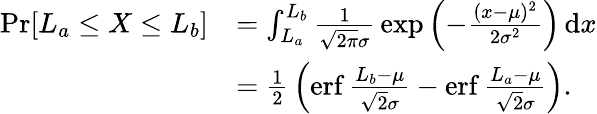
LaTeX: {\begin{array}{rl}{\operatorname*{Pr}[L_{a}\leq X\leq L_{b}]}&{=\int_{L_{a}}^{L_{b}}{\frac{1}{{\sqrt{2\pi}}\sigma}}\exp\left(-{\frac{(x-\mu)^{2}}{2\sigma^{2}}}\right)\, \mathrm{d}x}\\ &{={\frac{1}{2}}\left(\operatorname{erf}{\frac{L_{b}-\mu}{{\sqrt{2}}\sigma}}-\operatorname{erf}{\frac{L_{a}-\mu}{{\sqrt{2}}\sigma}}\right).}\end{array}}